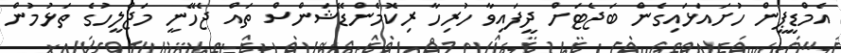
އެމްޑީޕީން ހުށައަޅައިގެން ބަޖެޓަށް ދީފައިވާ ހުރިހާ ރިކޮމެންޑޭޝަންސް ތައް ޖެހޭނީ މަޖްލީހުގެ ތަޅުމުން